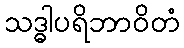
သဒ္ဓါပရိဘာဝိတံ